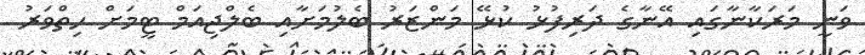
ވަނީ މަރަކާނާގައި އޭނާގެ ދަރިފުޅު ކުޅޭ މަންޒަރު ބެލުމަށާއި ބެލްޖިއަމް ޓީމަށް ހިތްވަރު